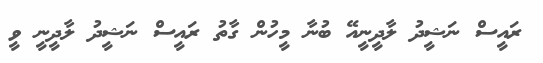
ރައީސް ނަޝީދު ލާދީނީއޭ ބުނާ މީހުން ގާތު ރައީސް ނަޝީދު ލާދީނީ ވީ